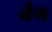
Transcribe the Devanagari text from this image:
नैग